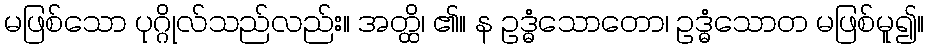
မဖြစ်သော ပုဂ္ဂိုလ်သည်လည်း။ အတ္ထိ၊ ၏။ န ဥဒ္ဓံသောတော၊ ဥဒ္ဓံသောတ မဖြစ်မူ၍။